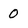
Character: 0